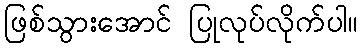
ဖြစ်သွားအောင် ပြုလုပ်လိုက်ပါ။